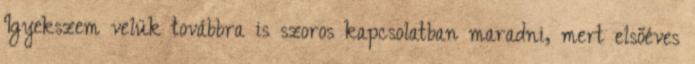
Igyekszem velük továbbra is szoros kapcsolatban maradni, mert elsőéves